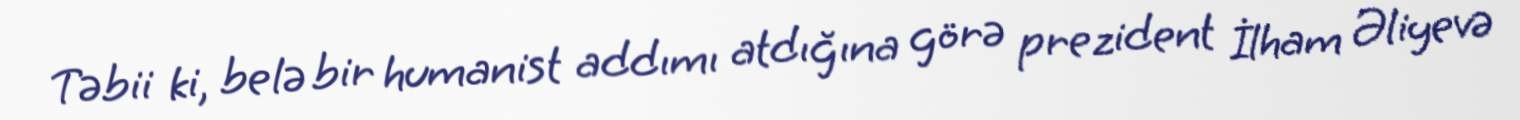
Təbii ki, belə bir humanist addımı atdığına görə prezident İlham Əliyevə